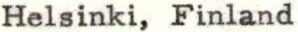
Helsinki, Finland